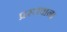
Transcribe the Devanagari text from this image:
प्रस्तवाना